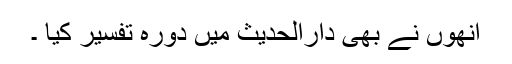
انھوں نے بھی دارالحدیث میں دورہ تفسیر کیا ۔